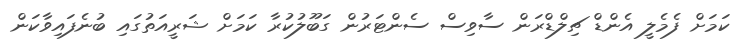
ކަމަށް ފެމެލީ އެންޑް ޗިލްޑްރަން ސާވިސް ސެންޓަރުން ގަބޫލުކުރާ ކަމަށް ޝަރީއަތުގައި ބުނެފައިވާކަން